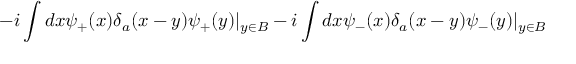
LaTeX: - i \int d x \psi _ { + } ( x ) \delta _ { a } ( x - y ) \psi _ { + } ( y ) | _ { y \in B } - i \int d x \psi _ { - } ( x ) \delta _ { a } ( x - y ) \psi _ { - } ( y ) | _ { y \in B }